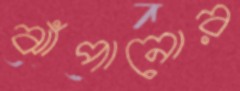
ঝাঁপানোর